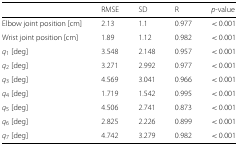
|  | RMSE | SD | R | p-value |
 | --- | --- | --- | --- | --- |
 | Elbow joint position [cm] | 2.13 | 1.1 | 0.977 | < 0.001 |
 | Wrist joint position [cm] | 1.89 | 1.12 | 0.982 | < 0.001 |
 | q1 [deg] | 3.548 | 2.148 | 0.957 | < 0.001 |
 | q2 [deg] | 3.271 | 2.992 | 0.977 | < 0.001 |
 | q3 [deg] | 4.569 | 3.041 | 0.966 | < 0.001 |
 | q4 [deg] | 1.719 | 1.542 | 0.995 | < 0.001 |
 | q5 [deg] | 4.506 | 2.741 | 0.873 | < 0.001 |
 | q6 [deg] | 2.825 | 2.226 | 0.899 | < 0.001 |
 | q7 [deg] | 4.742 | 3.279 | 0.982 | < 0.001 |